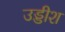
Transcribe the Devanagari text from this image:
उड्डीश